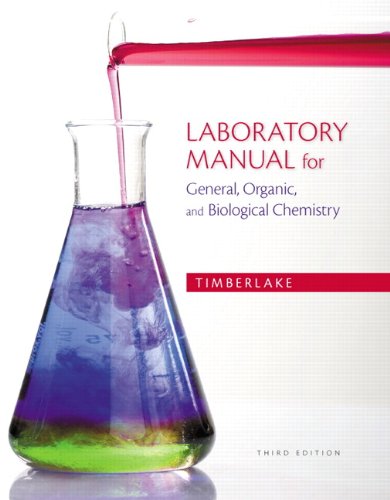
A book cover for Laboratory Manual for General, Organic, and Biological Chemistry (3rd Edition); Karen C. Timberlake; Engineering & Transportation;